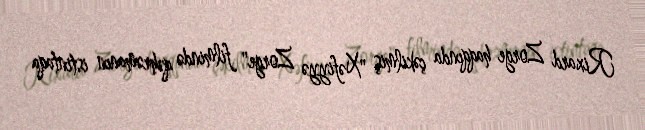
Rixard Zorge haqqında çəkilmiş "Xəfiyyə Zorge" filmində qəhrəmanın istintaqa